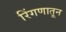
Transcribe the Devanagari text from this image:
रिंगणातून